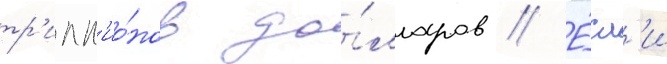
тр'илл'ио́нов до́лларов // Е́сл'и